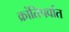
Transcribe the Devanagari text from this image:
क्रांतिपर्वात